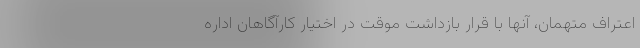
اعتراف متهمان، آنها با قرار بازداشت موقت در اختیار کارآگاهان اداره